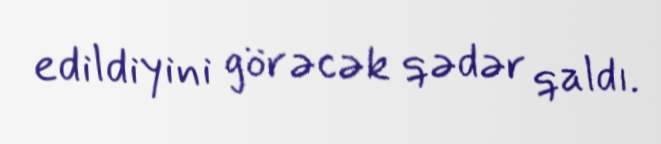
edildiyini görəcək qədər qaldı.